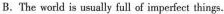
B.The world is usially f:ll of imperfect things.